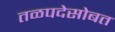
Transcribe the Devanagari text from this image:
तळपदेसोबत